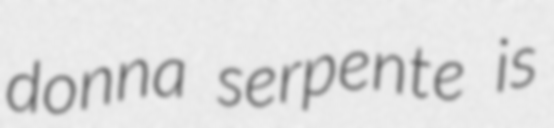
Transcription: donna serpente is